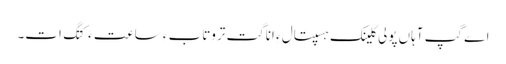
اے گپ آہاں پولی کلینک ہسپتال ءِ اناگت تروتاب ءِ ساعت ءَ کتگ ات۔